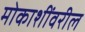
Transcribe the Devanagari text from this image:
मोकाशींवरील